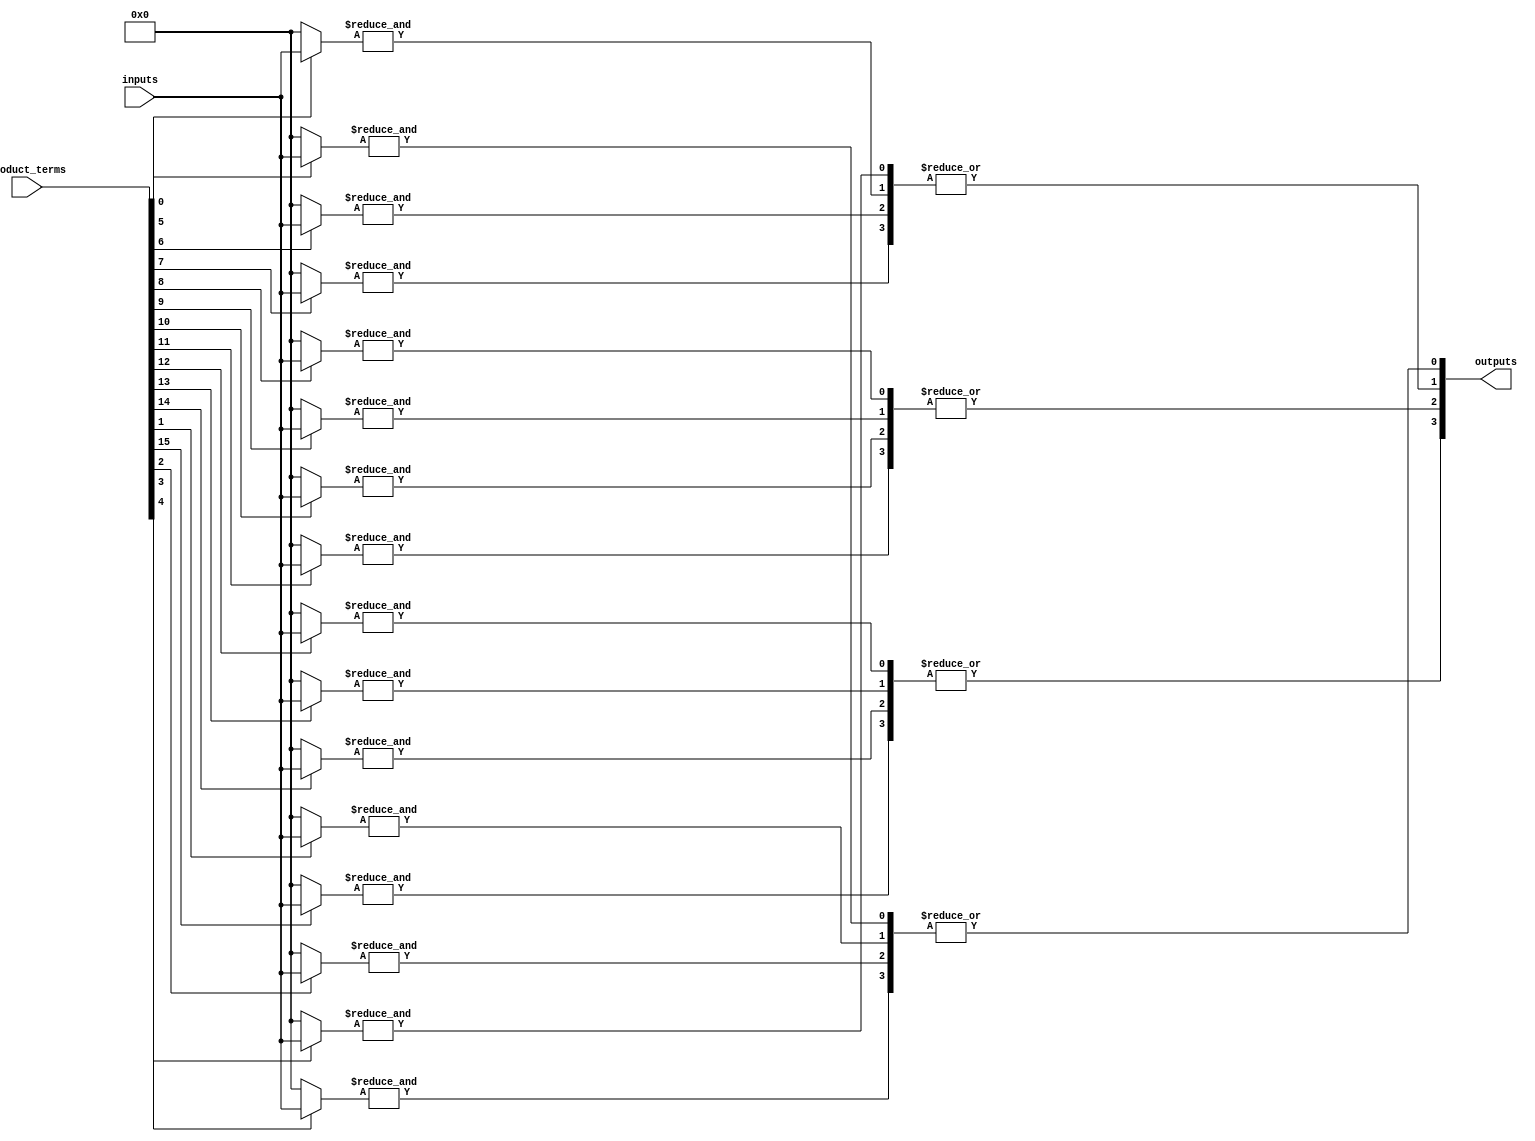
module FlashProgrammablePAL (
    input wire [N-1:0] inputs,      // N input lines
    input wire [M-1:0] product_terms, // M product terms (AND gates)
    output wire [P-1:0] outputs      // P output lines
);

// Parameters
parameter N = 8; // Number of input lines
parameter M = 16; // Number of product terms
parameter P = 4; // Number of output lines

// Internal signals
wire [M-1:0] and_outputs; // Outputs from AND array
wire [P-1:0] or_outputs;   // Outputs from OR array

// AND Array: Each AND gate can be programmed
genvar i, j;
generate
    for (i = 0; i < M; i = i + 1) begin : and_array
        wire [N-1:0] and_inputs; // Inputs to each AND gate
        assign and_inputs = (product_terms[i]) ? inputs : {N{1'b0}}; // Example: connect inputs based on product_terms
        assign and_outputs[i] = &and_inputs; // AND operation
    end
endgenerate

// OR Array: Fixed OR gates combining AND outputs
generate
    for (j = 0; j < P; j = j + 1) begin : or_array
        assign or_outputs[j] = |(and_outputs[j * (M/P):(j + 1) * (M/P) - 1]); // OR operation
    end
endgenerate

// Output Stage: Drive outputs
assign outputs = or_outputs;

endmodule